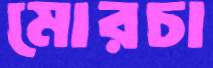
মোরচা